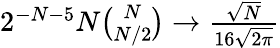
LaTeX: \begin{array}{r}{2^{-N-5}N\binom{N}{N/2}\to\frac{\sqrt{N}}{16\sqrt{2\pi}}}\end{array}